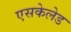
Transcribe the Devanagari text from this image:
एसकेलेड